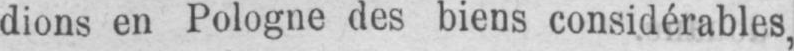
dions en Pologne des biens considérables,